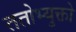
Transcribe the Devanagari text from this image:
ततोभ्युक्तो